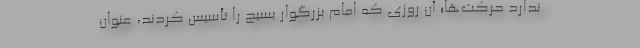
ندارد حرکت‌ها؛ آن روزی که امام بزرگوار بسیج را تأسیس کردند، عنوان